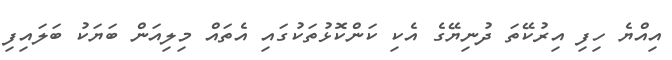
އިއްޔެ ހިފި އިރުކޭތަ ދުނިޔޭގެ އެކި ކަންކޮޅުތަކުގައި އެތައް މިލިއަން ބަޔަކު ބަލައިފި